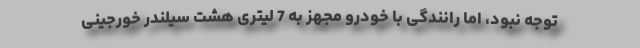
توجه نبود، اما رانندگی با خودرو مجهز به 7 لیتری هشت سیلندر خورجینی